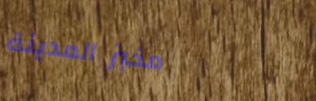
مخبز المدينة